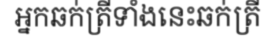
អ្នកឆក់ត្រីទាំងនេះឆក់ត្រី